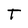
Character: T